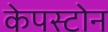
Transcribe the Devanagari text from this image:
केपस्टोन